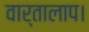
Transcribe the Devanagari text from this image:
वार्तालाप।